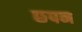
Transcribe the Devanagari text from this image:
छपन